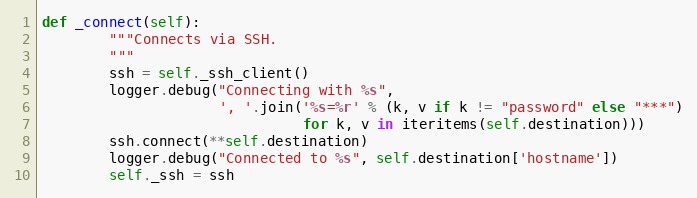
Language: Python
def _connect(self):
        """Connects via SSH.
        """
        ssh = self._ssh_client()
        logger.debug("Connecting with %s",
                     ', '.join('%s=%r' % (k, v if k != "password" else "***")
                               for k, v in iteritems(self.destination)))
        ssh.connect(**self.destination)
        logger.debug("Connected to %s", self.destination['hostname'])
        self._ssh = ssh